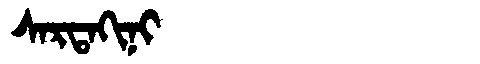
Manchu: ᠰᠠᡵᡨᠠᡴᡳᠨᡳ
Romanization: SARTAKINI